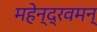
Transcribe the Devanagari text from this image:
महेन्द्रवमन्